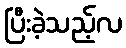
ပြီးခဲ့သည့်လ